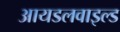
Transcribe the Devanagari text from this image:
आयडलवाइल्ड